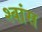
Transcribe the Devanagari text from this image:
श्‍वांस